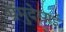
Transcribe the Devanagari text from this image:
प्रमुदेसाई